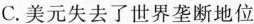
C.美元失去了世界垄断地位